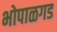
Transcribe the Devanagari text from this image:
भोपाळगड